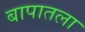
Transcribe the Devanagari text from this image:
बापातला